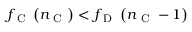
f _ { \mathrm { ~ C ~ } } \left( n _ { \mathrm { ~ C ~ } } \right) < f _ { \mathrm { ~ D ~ } } \left( n _ { \mathrm { ~ C ~ } } - 1 \right)